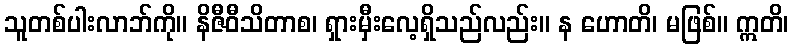
သူတစ်ပါးလာဘ်ကို။ နိဇီဝီသိတာစ၊ ရှားမှီးလေ့ရှိသည်လည်း။ န ဟောတိ၊ မဖြစ်။ ဣတိ၊